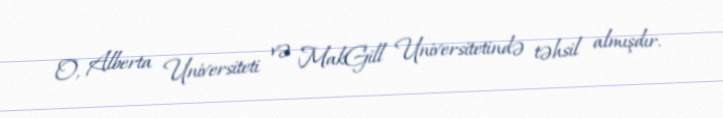
O, Alberta Universiteti və MakGill Universitetində təhsil almışdır.